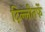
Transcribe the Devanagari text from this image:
दिल्लीतर्फे